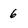
Character: 6